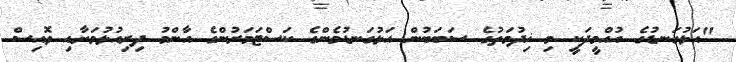
"އަޅުގަނޑުގެ އުއްމީދަކީ މި ޚިދުމަތުގެ ސަބަބުން އަޅުގަނޑުމެންގެ ކަސްޓަމަރުންގެ އާންމު ދިރިއުޅުމަށާއި ވޮއިސް